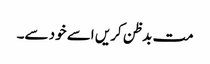
مت بدظن کریں اسے خود سے۔